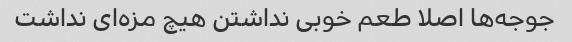
جوجه‌ها اصلا طعم خوبی نداشتن هیچ مزه‌ای نداشت